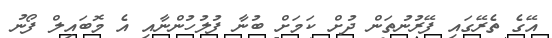
އޭގެ ތެރޭގައި ފޭރުނުތަން ދުށް ކަމަށް ބުނާ ފުލުހުންނާއި އެ މޮބައިލް ފޯނު